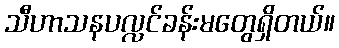
သီဟာသနပလ္လင်ခန်းမတွေရှိတယ်။